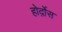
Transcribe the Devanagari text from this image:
होर्द़ोस